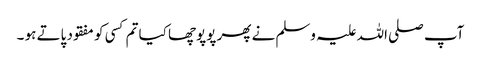
آپ صلی اللہ علیہ وسلم نے پھر پوپوچھا کیا تم کسی کو مفقود پاتے ہو ۔